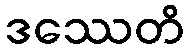
ဒဿေတိ